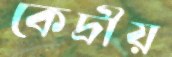
কেদ্রীয়